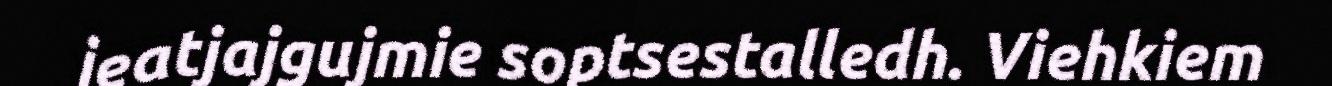
jeatjajgujmie soptsestalledh. Viehkiem